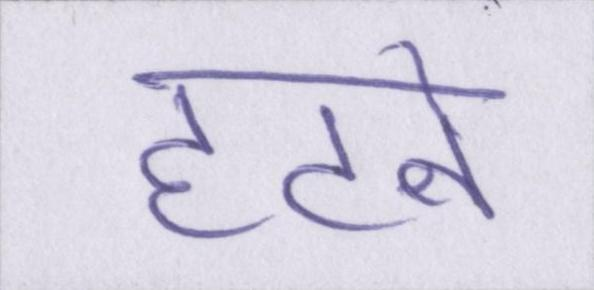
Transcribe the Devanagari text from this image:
हटने